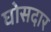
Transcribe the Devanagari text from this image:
घोसदार